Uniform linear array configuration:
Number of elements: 16
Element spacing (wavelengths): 1
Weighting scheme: hann
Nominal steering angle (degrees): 45
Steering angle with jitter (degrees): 46.318
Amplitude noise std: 0.05
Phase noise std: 0.05

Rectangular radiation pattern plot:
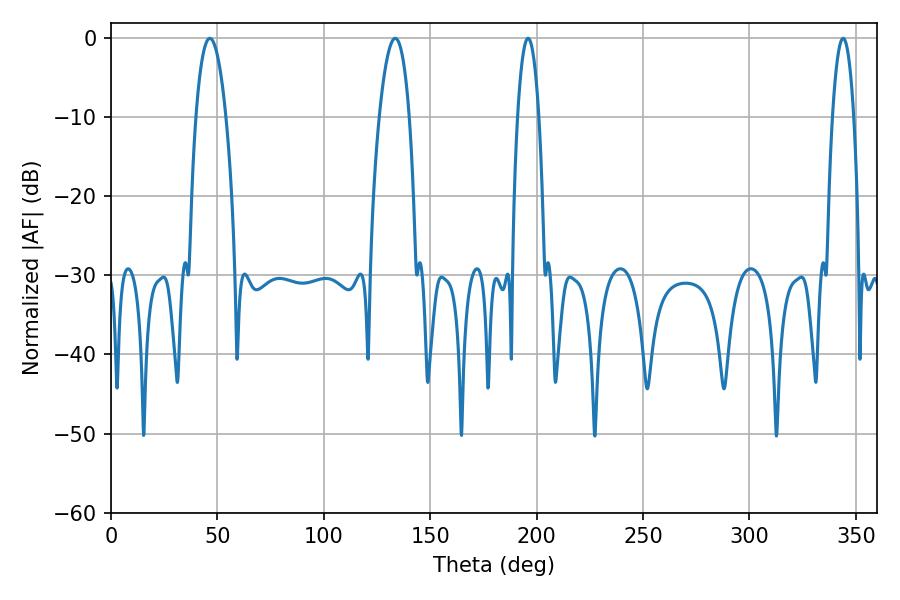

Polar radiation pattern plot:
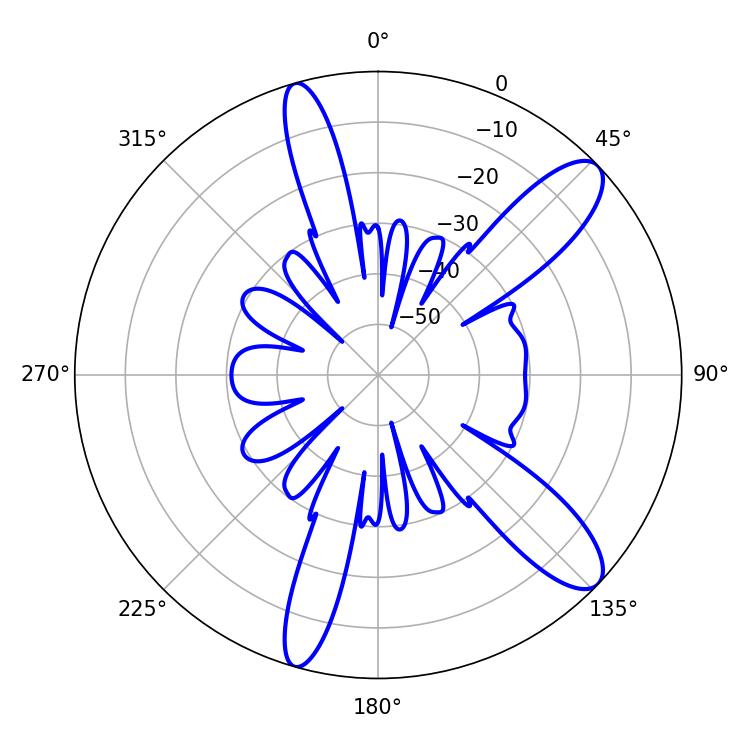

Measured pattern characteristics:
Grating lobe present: TRUE
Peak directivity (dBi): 11.092
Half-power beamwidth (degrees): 7.92
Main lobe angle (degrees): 46.44